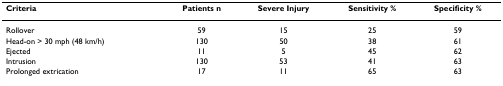
| Criteria | Patientsn | SevereInjury | Sensitivity% | Specificity% |
 | --- | --- | --- | --- | --- |
 | Rollover | 59 | 15 | 25 | 59 |
 | Head-on > 30 mph (48 km/h) | 130 | 50 | 38 | 61 |
 | Ejected | 11 | 5 | 45 | 62 |
 | Intrusion | 130 | 53 | 41 | 63 |
 | Prolonged extrication | 17 | 11 | 65 | 63 |